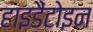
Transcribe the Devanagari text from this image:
हाइडैंटोइन